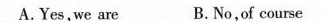
A.Yes.we are B.No,of course